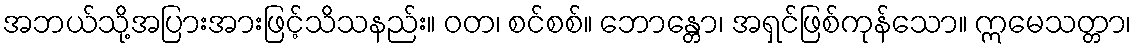
အဘယ်သို့အပြားအားဖြင့်သိသနည်း။ ဝတ၊ စင်စစ်။ ဘောန္တော၊ အရှင်ဖြစ်ကုန်သော။ ဣမေသတ္တာ၊